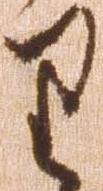
り